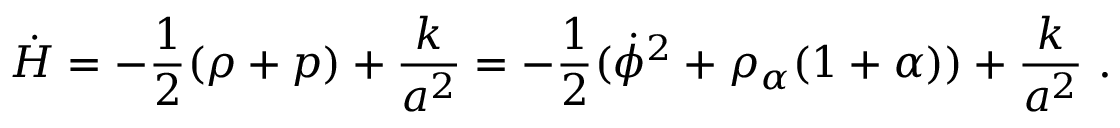
\dot { H } = - { \frac { 1 } { 2 } } ( \rho + p ) + { \frac { k } { a ^ { 2 } } } = - { \frac { 1 } { 2 } } ( \dot { \phi } ^ { 2 } + \rho _ { \alpha } ( 1 + \alpha ) ) + { \frac { k } { a ^ { 2 } } } \ .